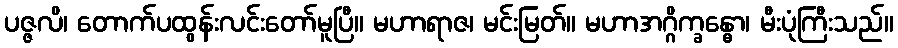
ပဇ္ဇလိ၊ တောက်ပထွန်းလင်းတော်မူပြီ။ မဟာရာဇ၊ မင်းမြတ်။ မဟာအဂ္ဂိက္ခန္ဓော၊ မီးပုံကြီးသည်။